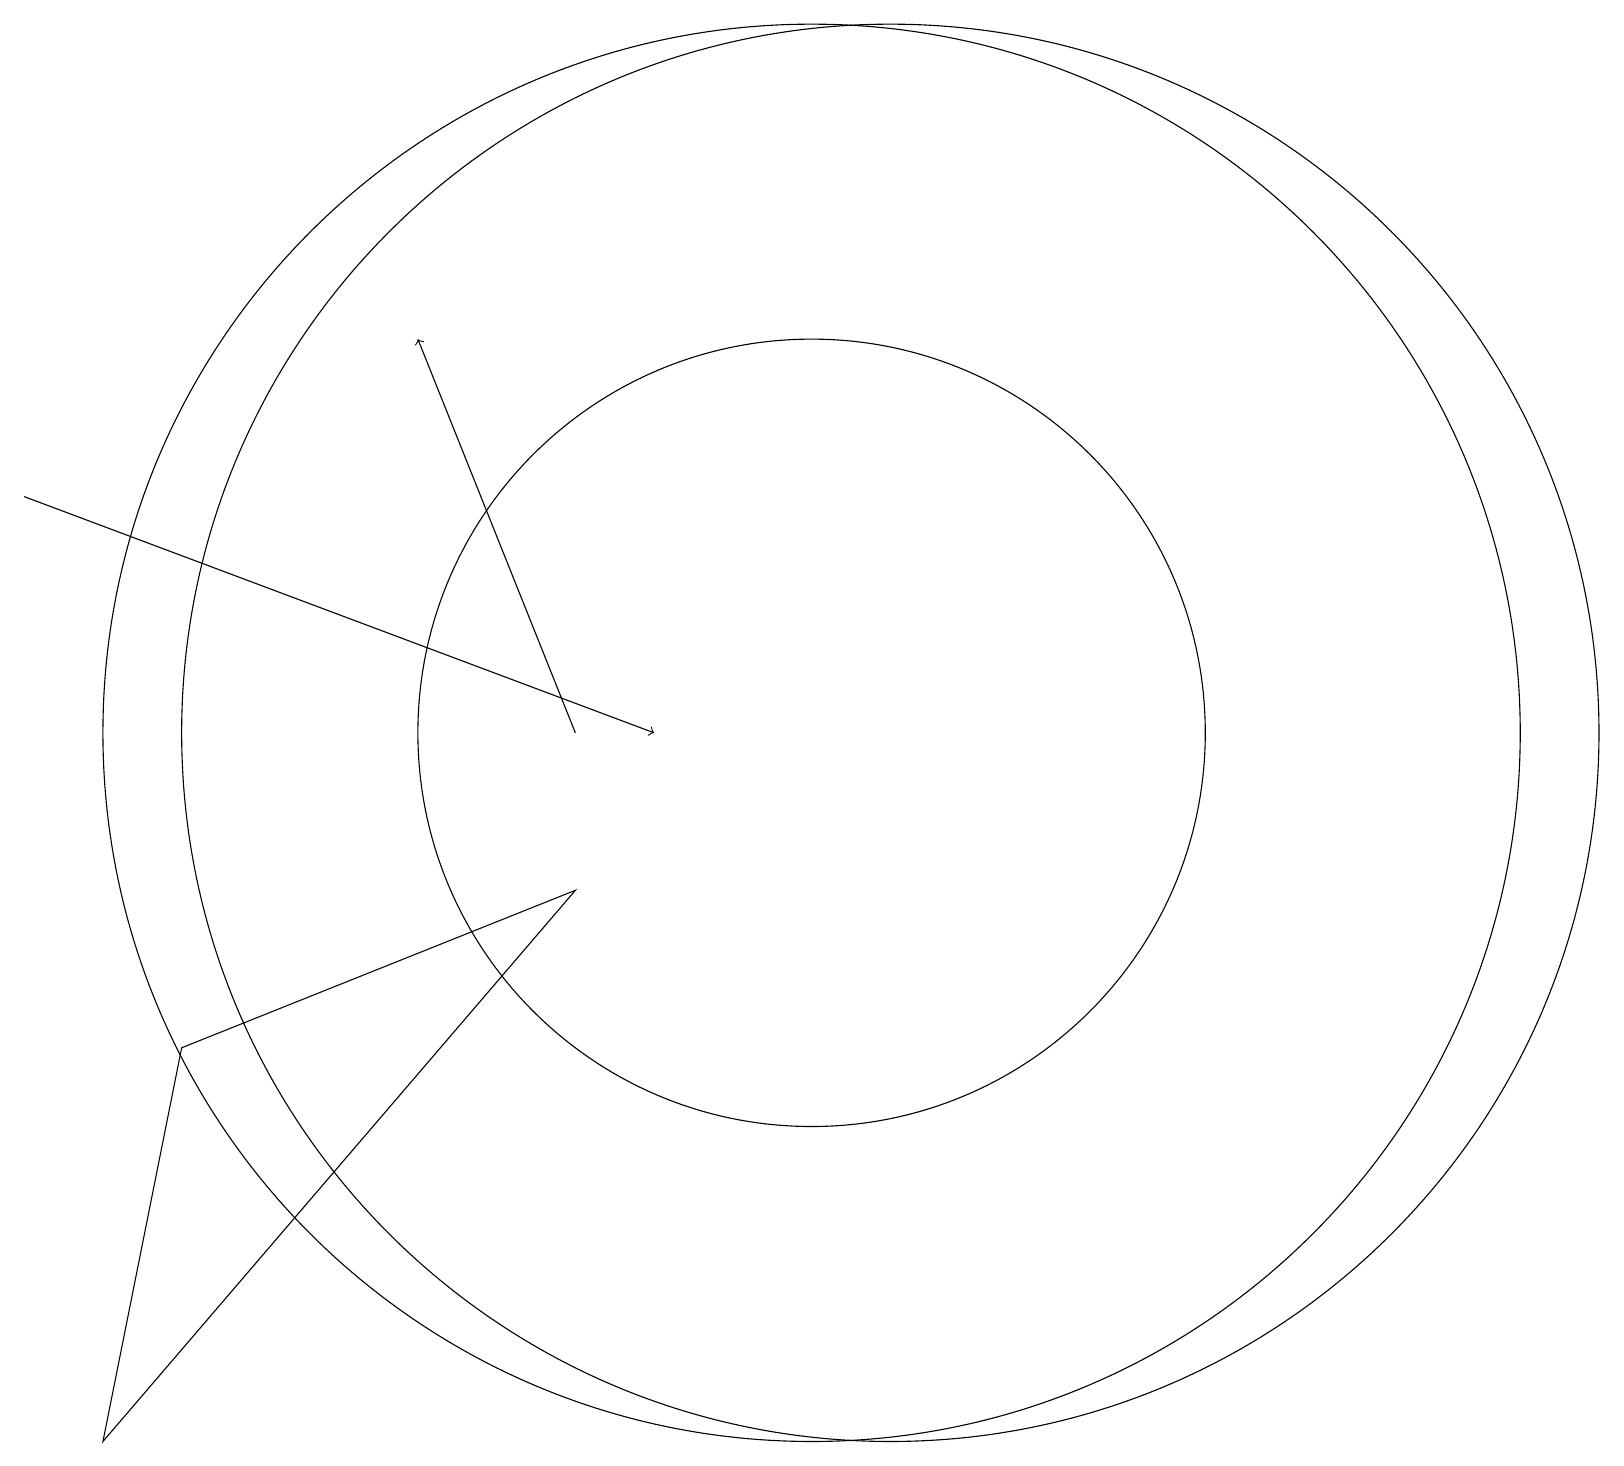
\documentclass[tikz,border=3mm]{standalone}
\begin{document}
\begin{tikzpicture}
\draw[->] (8,11) -- (6,16);
\draw[->] (1,14) -- (9,11);
\draw (11,11) circle (9);
\draw (12,11) circle (9);
\draw (3,7) -- (8,9) -- (2,2) -- cycle;
\draw (11,11) circle (5);
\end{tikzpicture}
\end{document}